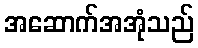
အဆောက်အအုံသည်